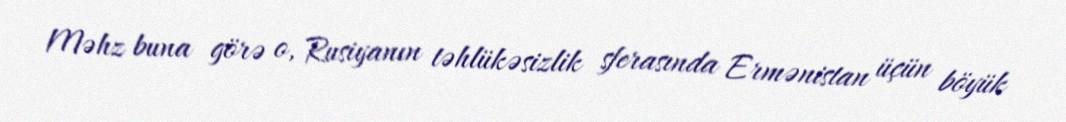
Məhz buna görə o, Rusiyanın təhlükəsizlik sferasında Ermənistan üçün böyük